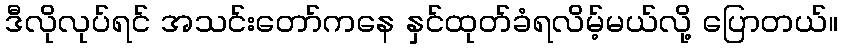
ဒီလိုလုပ်ရင် အသင်းတော်ကနေ နှင်ထုတ်ခံရလိမ့်မယ်လို့ ပြောတယ်။